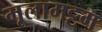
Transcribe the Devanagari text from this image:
मूलामट्टम